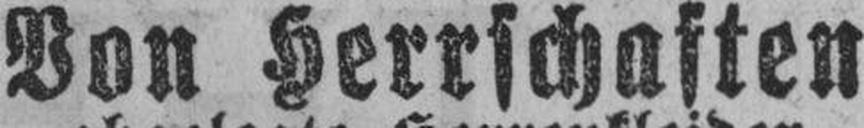
Von Herrschaften